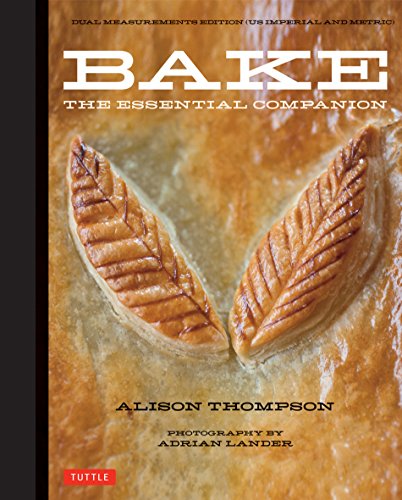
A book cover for Bake: The Essential Companion; Alison Thompson; Cookbooks, Food & Wine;